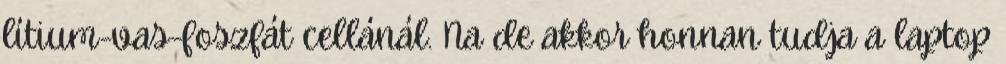
lítium-vas-foszfát cellánál. Na de akkor honnan tudja a laptop